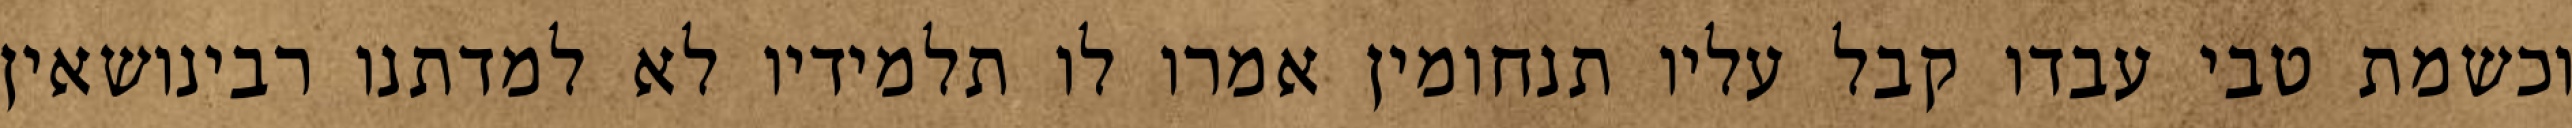
וכשמת טבי עבדו קבל עליו תנחומין אמרו לו תלמידיו לא למדתנו רבינושאין